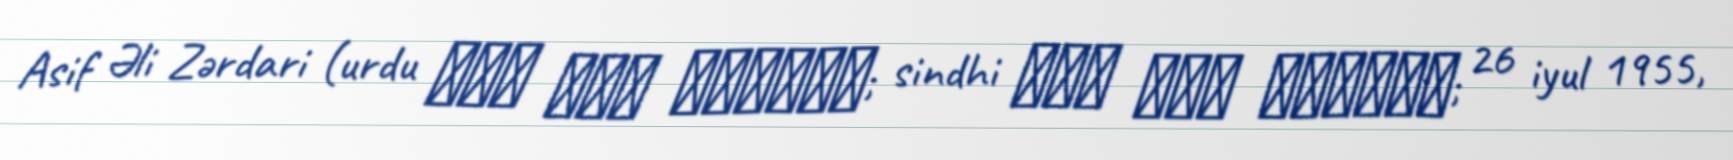
Asif Əli Zərdari (urdu آصف علی زرداری; sindhi آصف علی زرداری; 26 iyul 1955,